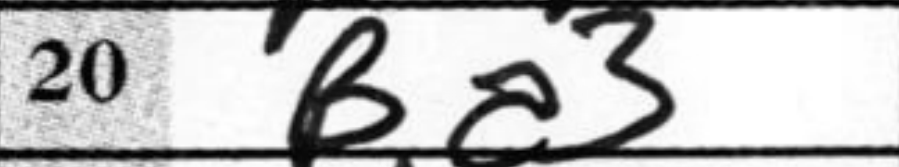
Transcription: Ba3